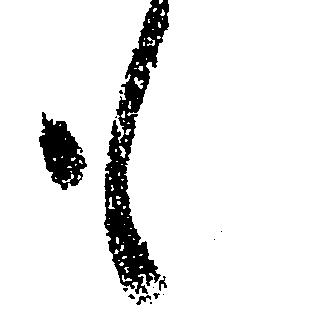
も